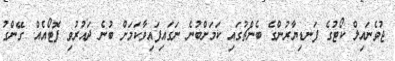
ޖުވެނައިލް ކޯޓުގެ ފަނޑިޔާރުންގެ ބެންޗުގައި ކަމަށްބުނެ ނަގައިފައިވާކަމަށް ބުނެ ދައުރުވި ފޮޓޯއެއް. ގޭންގު